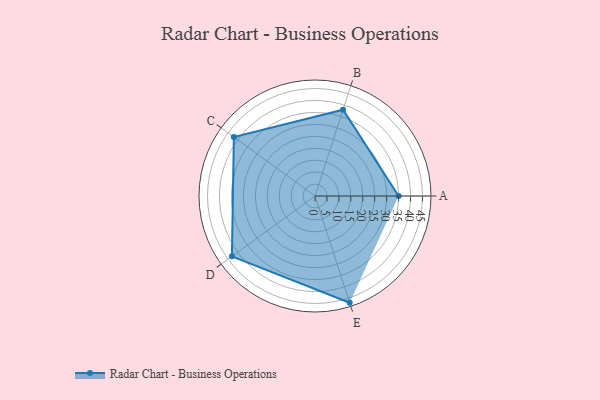
{"axis": {"x": "Skill", "y": "Score"}, "legend": ["Profile"], "data": [{"x": "A", "y": 35.0, "type": "Profile"}, {"x": "B", "y": 38.0, "type": "Profile"}, {"x": "C", "y": 42.0, "type": "Profile"}, {"x": "D", "y": 43.0, "type": "Profile"}, {"x": "E", "y": 47.0, "type": "Profile"}]}